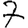
Digit: 7